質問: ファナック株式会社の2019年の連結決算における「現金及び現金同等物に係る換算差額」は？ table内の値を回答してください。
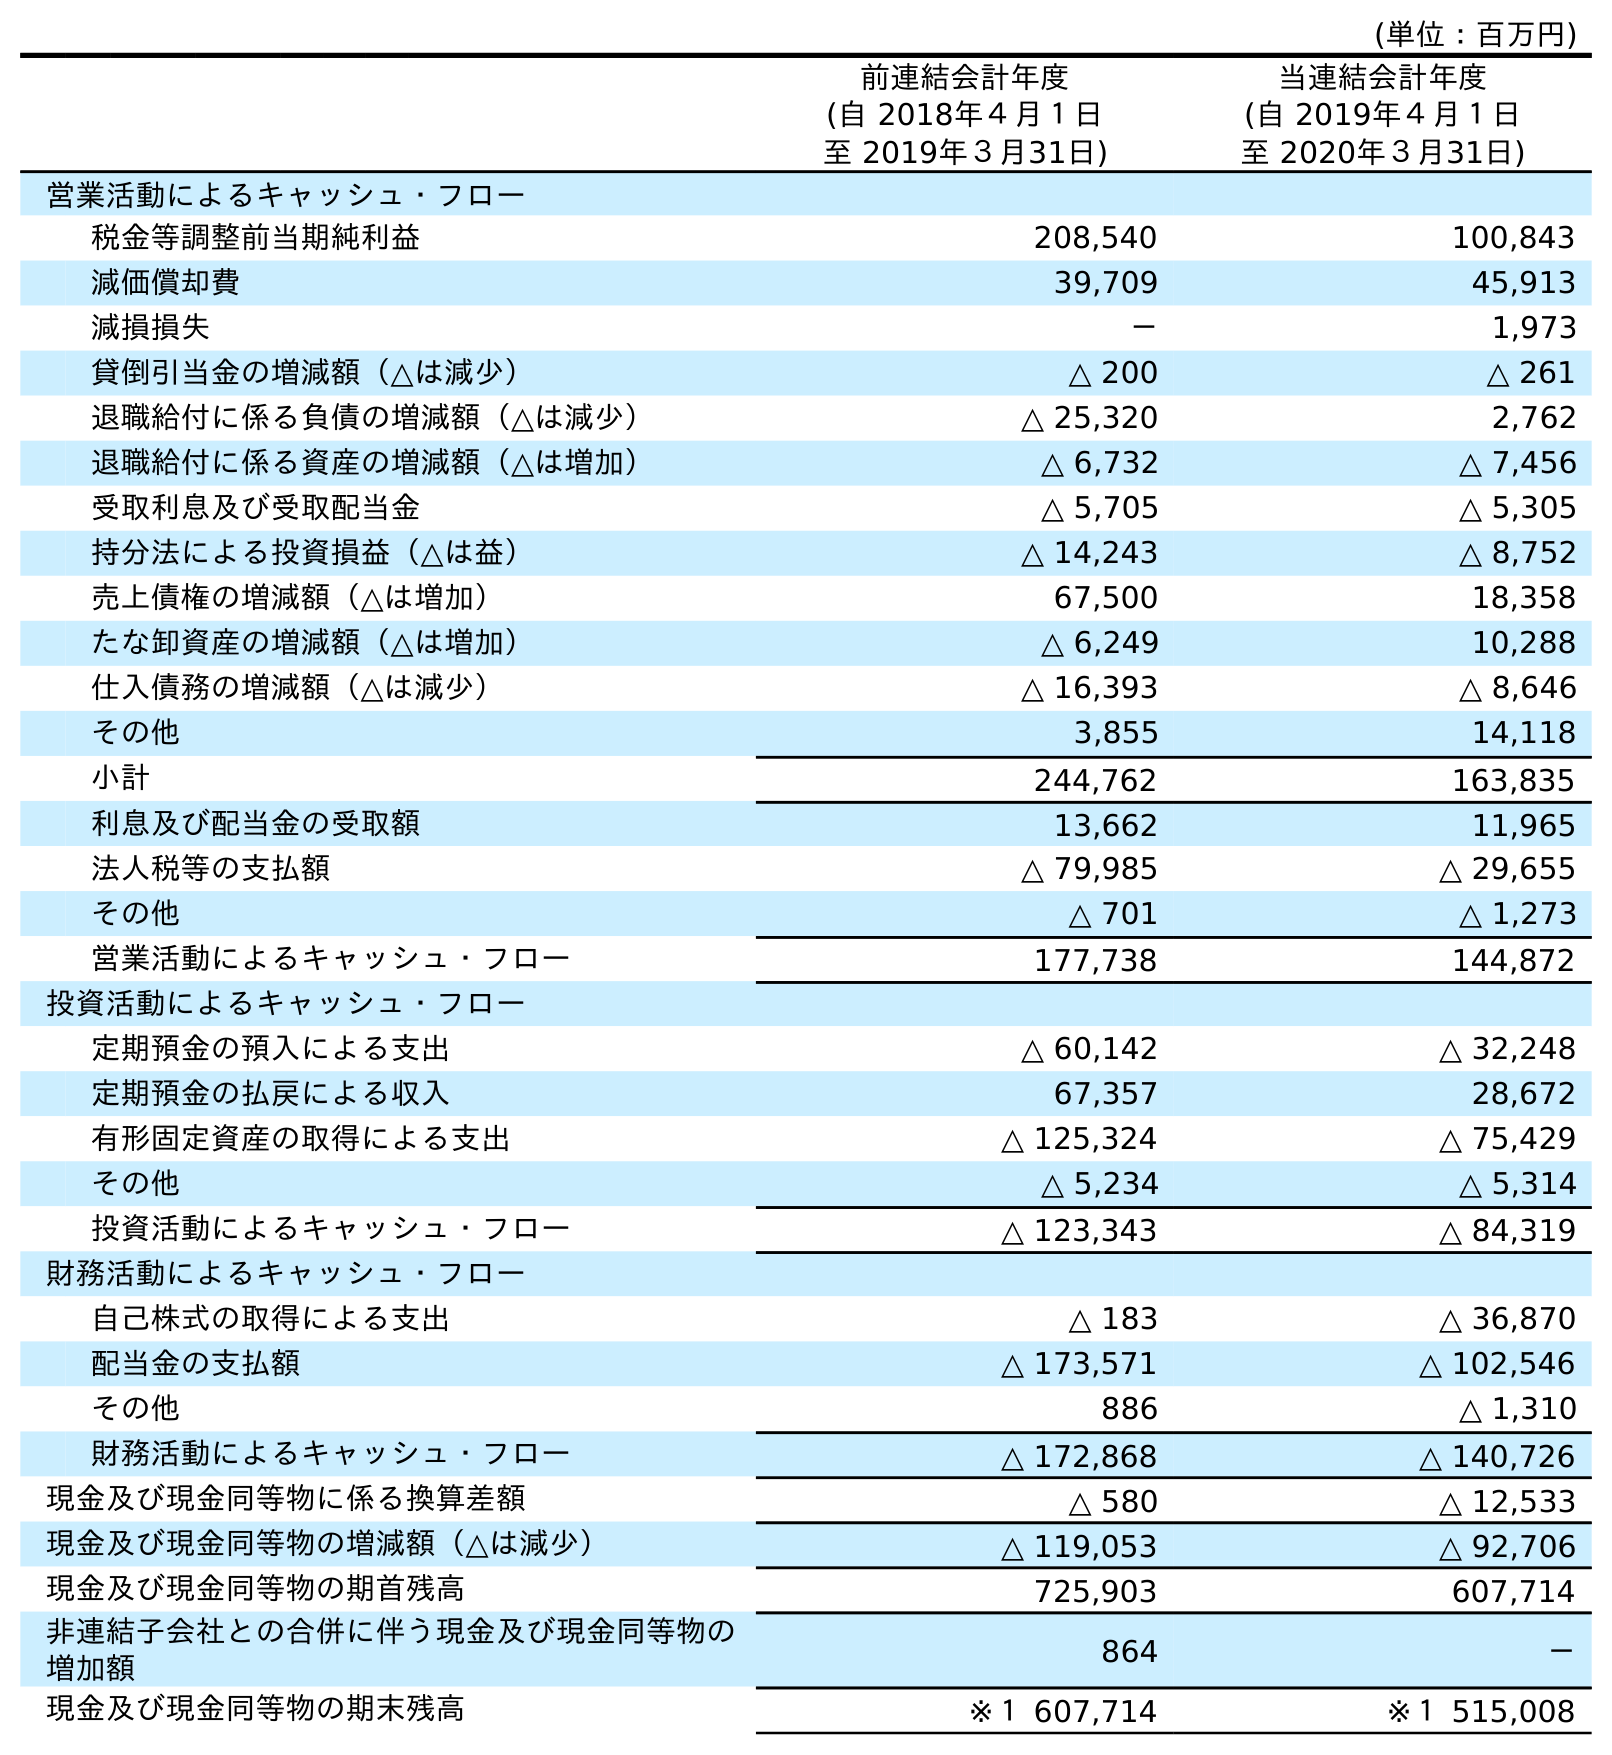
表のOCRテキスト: (単位：百万円) 前連結会計年度 (自 2018年４月１日 至 2019年３月31日) 当連結会計年度 (自 2019年４月１日 至 2020年３月31日) 営業活動によるキャッシュ・フロー 税金等調整前当期純利益 208,540 100,843 減価償却費 39,709 45,913 減損損失 － 1,973 貸倒引当金の増減額（△は減少） △ 200 △ 261 退職給付に係る負債の増減額（△は減少） △ 25,320 2,762 退職給付に係る資産の増減額（△は増加） △ 6,732 △ 7,456 受取利息及び受取配当金 △ 5,705 △ 5,305 持分法による投資損益（△は益） △ 14,243 △ 8,752 売上債権の増減額（△は増加） 67,500 18,358 たな卸資産の増減額（△は増加） △ 6,249 10,288 仕入債務の増減額（△は減少） △ 16,393 △ 8,646 その他 3,855 14,118 小計 244,762 163,835 利息及び配当金の受取額 13,662 11,965 法人税等の支払額 △ 79,985 △ 29,655 その他 △ 701 △ 1,273 営業活動によるキャッシュ・フロー 177,738 144,872 投資活動によるキャッシュ・フロー 定期預金の預入による支出 △ 60,142 △ 32,248 定期預金の払戻による収入 67,357 28,672 有形固定資産の取得による支出 △ 125,324 △ 75,429 その他 △ 5,234 △ 5,314 投資活動によるキャッシュ・フロー △ 123,343 △ 84,319 財務活動によるキャッシュ・フロー 自己株式の取得による支出 △ 183 △ 36,870 配当金の支払額 △ 173,571 △ 102,546 その他 886 △ 1,310 財務活動によるキャッシュ・フロー △ 172,868 △ 140,726 現金及び現金同等物に係る換算差額 △ 580 △ 12,533 現金及び現金同等物の増減額（△は減少） △ 119,053 △ 92,706 現金及び現金同等物の期首残高 725,903 607,714 非連結子会社との合併に伴う現金及び現金同等物の 増加額 864 － 現金及び現金同等物の期末残高 ※１ 607,714 ※１ 515,008
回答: △580